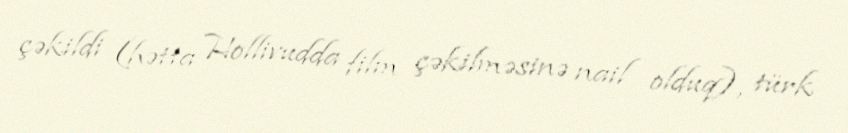
çəkildi (hətta Hollivudda film çəkilməsinə nail olduq), türk